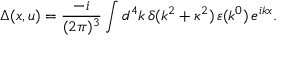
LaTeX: \Delta ( x , u ) = \frac { - i } { ( 2 \pi ) ^ { 3 } } \int d ^ { 4 } k \, \delta ( k ^ { 2 } + \kappa ^ { 2 } ) \, \varepsilon ( k ^ { 0 } ) \, e ^ { i k x } .